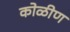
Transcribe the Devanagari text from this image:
कोळीण